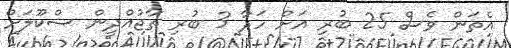
އެތަން ވެސް 25 ބުރި އަށް ހަދާ 3 ބުރި ތާޖުއްދީން ސްކޫލަށް